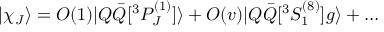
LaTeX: \vert \chi _ { J } \rangle = O ( 1 ) \vert Q \bar { Q } \lbrack { } ^ { 3 } P _ { J } ^ { ( 1 ) } \rbrack \rangle + O ( v ) \vert Q \bar { Q } \lbrack { } ^ { 3 } S _ { 1 } ^ { ( 8 ) } \rbrack g \rangle + \ldots